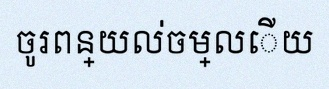
ចូរពន្យល់ចម្លើយ